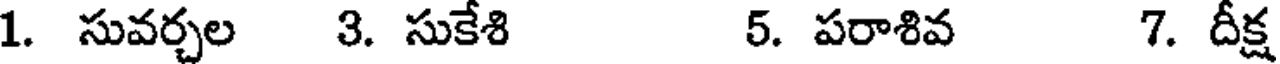
1. సువర్చల 3. సుకేశి 5. పరాశివ 7. దీక్ష